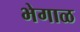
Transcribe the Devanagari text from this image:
भेगाळ